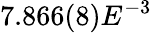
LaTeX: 7.866(8)E^{-3}